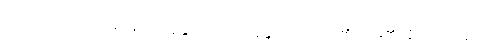
အယျာယ၊ အရှင်ဖြစ်သော။ နန္ဒမာတုယာ၊ နန္ဒသတိုးသား၏ အမိ၏။ နိဝသေနေ၊